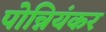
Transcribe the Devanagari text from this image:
पोन्नियंकर